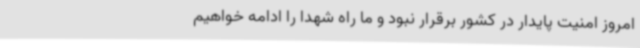
امروز امنیت پایدار در کشور برقرار نبود و ما راه شهدا را ادامه خواهیم